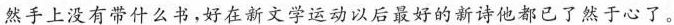
然手上没有带什么书，好在新文学运动以后最好的新诗他都已了然于心了。